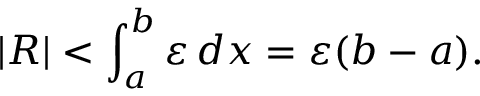
| R | < \int _ { a } ^ { b } \varepsilon \, d x = \varepsilon ( b - a ) .